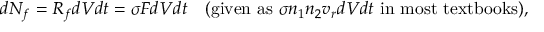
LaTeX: d N _ { f } = R _ { f } d V d t = \sigma F d V d t \quad ( { \mathrm { g i v e n ~ a s ~ } } \sigma n _ { 1 } n _ { 2 } v _ { r } d V d t { \mathrm { ~ i n ~ m o s t ~ t e x t b o o k s } } ) ,